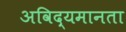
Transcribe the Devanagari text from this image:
अविद्यमानता